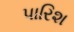
પારિશ